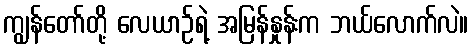
ကျွန်တော်တို့ လေယာဉ်ရဲ့ အမြန်နှုန်းက ဘယ်လောက်လဲ။